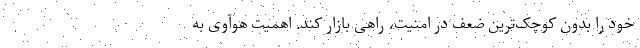
خود را بدون کوچک‌ترین ضعف در امنیت، راهی بازار کند. اهمیت هوآوی به